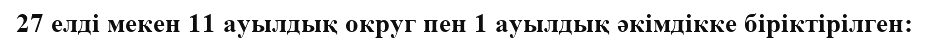
27 елді мекен 11 ауылдық округ пен 1 ауылдық әкімдікке біріктірілген: